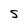
Character: S